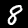
Digit: 8